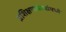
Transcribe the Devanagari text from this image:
प्रशिक्षणसंस्थांमध्ये